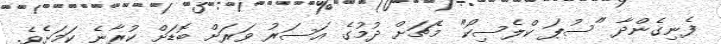
ފެނިގެންދާ "ސުޕަ ކްލެސިކޯ" މެޗަށް ދުމުގެ އަސަރު ވަރަށް ބޮޑަށް ކުރާނެ ކަމަށެވެ.